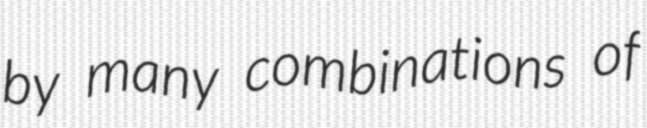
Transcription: by many combinations of